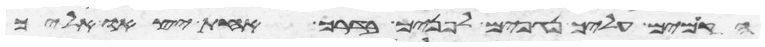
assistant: הקמים עליך נגפים לפניך בדרך אחת יצאו אליך